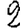
Digit: 2